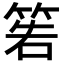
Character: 𥮂